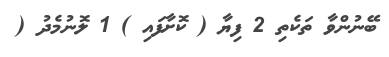
ބޭނުންވާ ތަކެތި 2 ފިޔާ ( ކޮށާފައި ) 1 ލޮނުމެދު (